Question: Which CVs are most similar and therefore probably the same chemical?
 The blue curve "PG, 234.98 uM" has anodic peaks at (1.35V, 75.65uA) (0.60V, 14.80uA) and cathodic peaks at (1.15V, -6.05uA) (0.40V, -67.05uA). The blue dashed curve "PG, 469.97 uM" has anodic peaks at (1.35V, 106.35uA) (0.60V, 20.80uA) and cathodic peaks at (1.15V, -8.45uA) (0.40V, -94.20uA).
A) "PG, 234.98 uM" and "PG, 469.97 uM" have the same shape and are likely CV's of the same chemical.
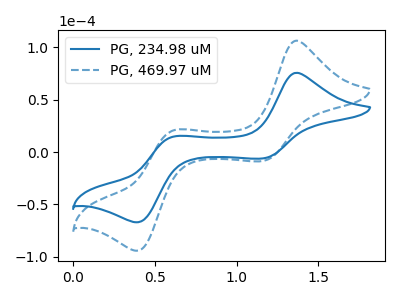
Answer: <think>All the peaks in "PG, 234.98 uM" have a peak in "PG, 469.97 uM" at the same potential. Every peak in "PG, 234.98 uM" is lower than every peak in "PG, 469.97 uM".
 </think>
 <answer>A) "PG, 234.98 uM" and "PG, 469.97 uM" have the same shape and are likely CV's of the same chemical.</answer>
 <eval>A</eval>